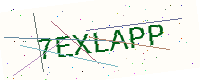
Text: 7EXLAPP